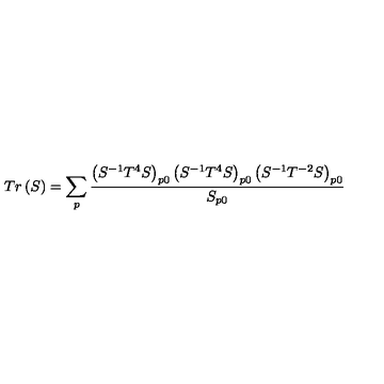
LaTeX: T r \left( S \right) = \sum _ { p } \frac { \left( S ^ { - 1 } T ^ { 4 } S \right) _ { p 0 } \left( S ^ { - 1 } T ^ { 4 } S \right) _ { p 0 } \left( S ^ { - 1 } T ^ { - 2 } S \right) _ { p 0 } } { S _ { p 0 } }